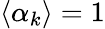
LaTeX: \langle\alpha_{k}\rangle=1